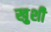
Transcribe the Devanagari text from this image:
खु़शी